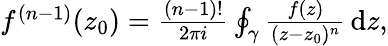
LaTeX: \begin{array}{r}{f^{(n-1)}(z_{0})=\frac{(n-1)!}{2\pi i}\oint_{\gamma}\frac{f(z)}{(z-z_{0})^{n}}\, \mathrm{d}z,}\end{array}